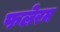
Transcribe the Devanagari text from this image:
फलेरम